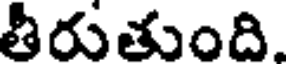
తీరుతుంది.